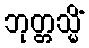
ဘုတ္တသ္မိံ